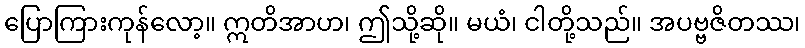
ပြောကြားကုန်လော့။ ဣတိအာဟ၊ ဤသို့ဆို။ မယံ၊ ငါတို့သည်။ အပဗ္ဗဇိတဿ၊